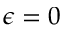
\epsilon = 0